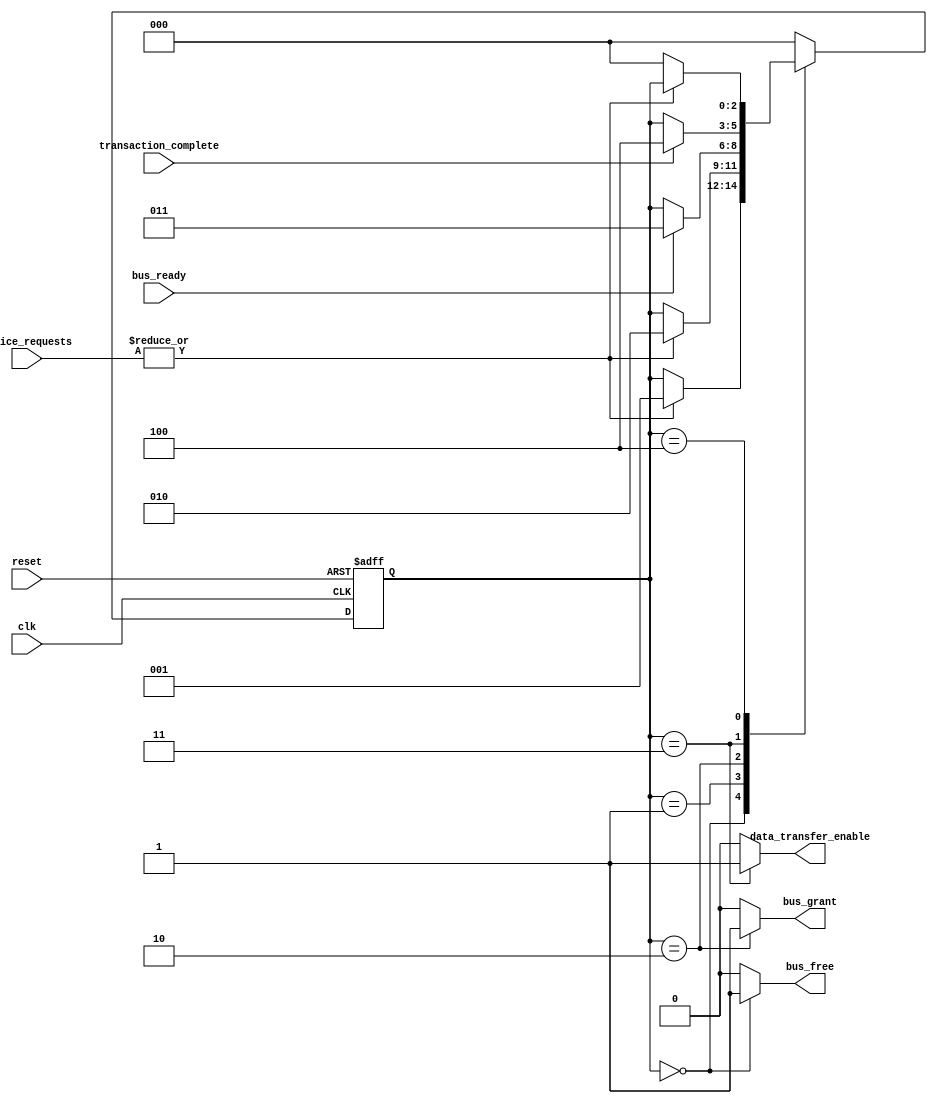
module BusController (
    input wire clk,                         // Clock signal
    input wire reset,                       // Reset signal
    input wire [N-1:0] device_requests,     // Device request signals (N devices)
    input wire bus_ready,                   // Bus ready signal
    input wire transaction_complete,         // Transaction complete signal
    output reg bus_grant,                   // Bus grant signal
    output reg data_transfer_enable,         // Data transfer enable signal
    output reg bus_free                     // Bus free signal
);

    // Define parameters
    parameter N = 4;                         // Number of devices
    parameter IDLE = 3'b000;
    parameter REQUEST = 3'b001;
    parameter GRANT = 3'b010;
    parameter DATA_TRANSFER = 3'b011;
    parameter RELEASE = 3'b100;

    reg [2:0] current_state, next_state;     // Current and next state registers

    // State transition logic
    always @ (posedge clk or posedge reset) begin
        if (reset) begin
            current_state <= IDLE;             // Reset to IDLE state
        end else begin
            current_state <= next_state;       // Transition to next state
        end
    end

    // Next state logic
    always @ (*) begin
        // Default values
        next_state = current_state;
        bus_grant = 0;
        data_transfer_enable = 0;
        bus_free = 0;

        case (current_state)
            IDLE: begin
                bus_free = 1;                   // Bus is free in IDLE state
                if (|device_requests) begin      // Check for any request
                    next_state = REQUEST;       // Move to REQUEST state
                end
            end
            
            REQUEST: begin
                // Prioritize device requests (simple priority encoding)
                // Assuming the device with the highest priority is the first one
                if (|device_requests) begin
                    next_state = GRANT;          // Move to GRANT state
                end
            end
            
            GRANT: begin
                bus_grant = 1;                   // Grant access to the bus
                if (bus_ready) begin              // Check if the bus is ready
                    next_state = DATA_TRANSFER;  // Move to DATA_TRANSFER state
                end
            end
            
            DATA_TRANSFER: begin
                data_transfer_enable = 1;        // Enable data transfer
                if (transaction_complete) begin   // Check if transaction is complete
                    next_state = RELEASE;        // Move to RELEASE state
                end
            end
            
            RELEASE: begin
                bus_grant = 0;                   // Release the bus grant 
                if (~|device_requests) begin      // Check if no devices are requesting
                    next_state = IDLE;           // Move back to IDLE state
                end
            end
            
            default: next_state = IDLE;          // Default case for safety
        endcase
    end

endmodule